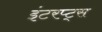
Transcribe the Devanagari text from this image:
इंटरप्ट्स